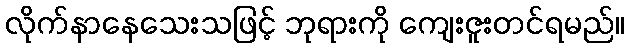
လိုက်နာနေသေးသဖြင့် ဘုရားကို ကျေးဇူးတင်ရမည်။